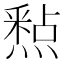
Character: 𮡐